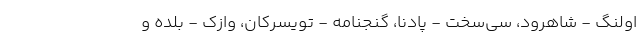
اولنگ - شاهرود، سی‌سخت - پادنا، گنجنامه - تویسرکان، وازک - بلده و